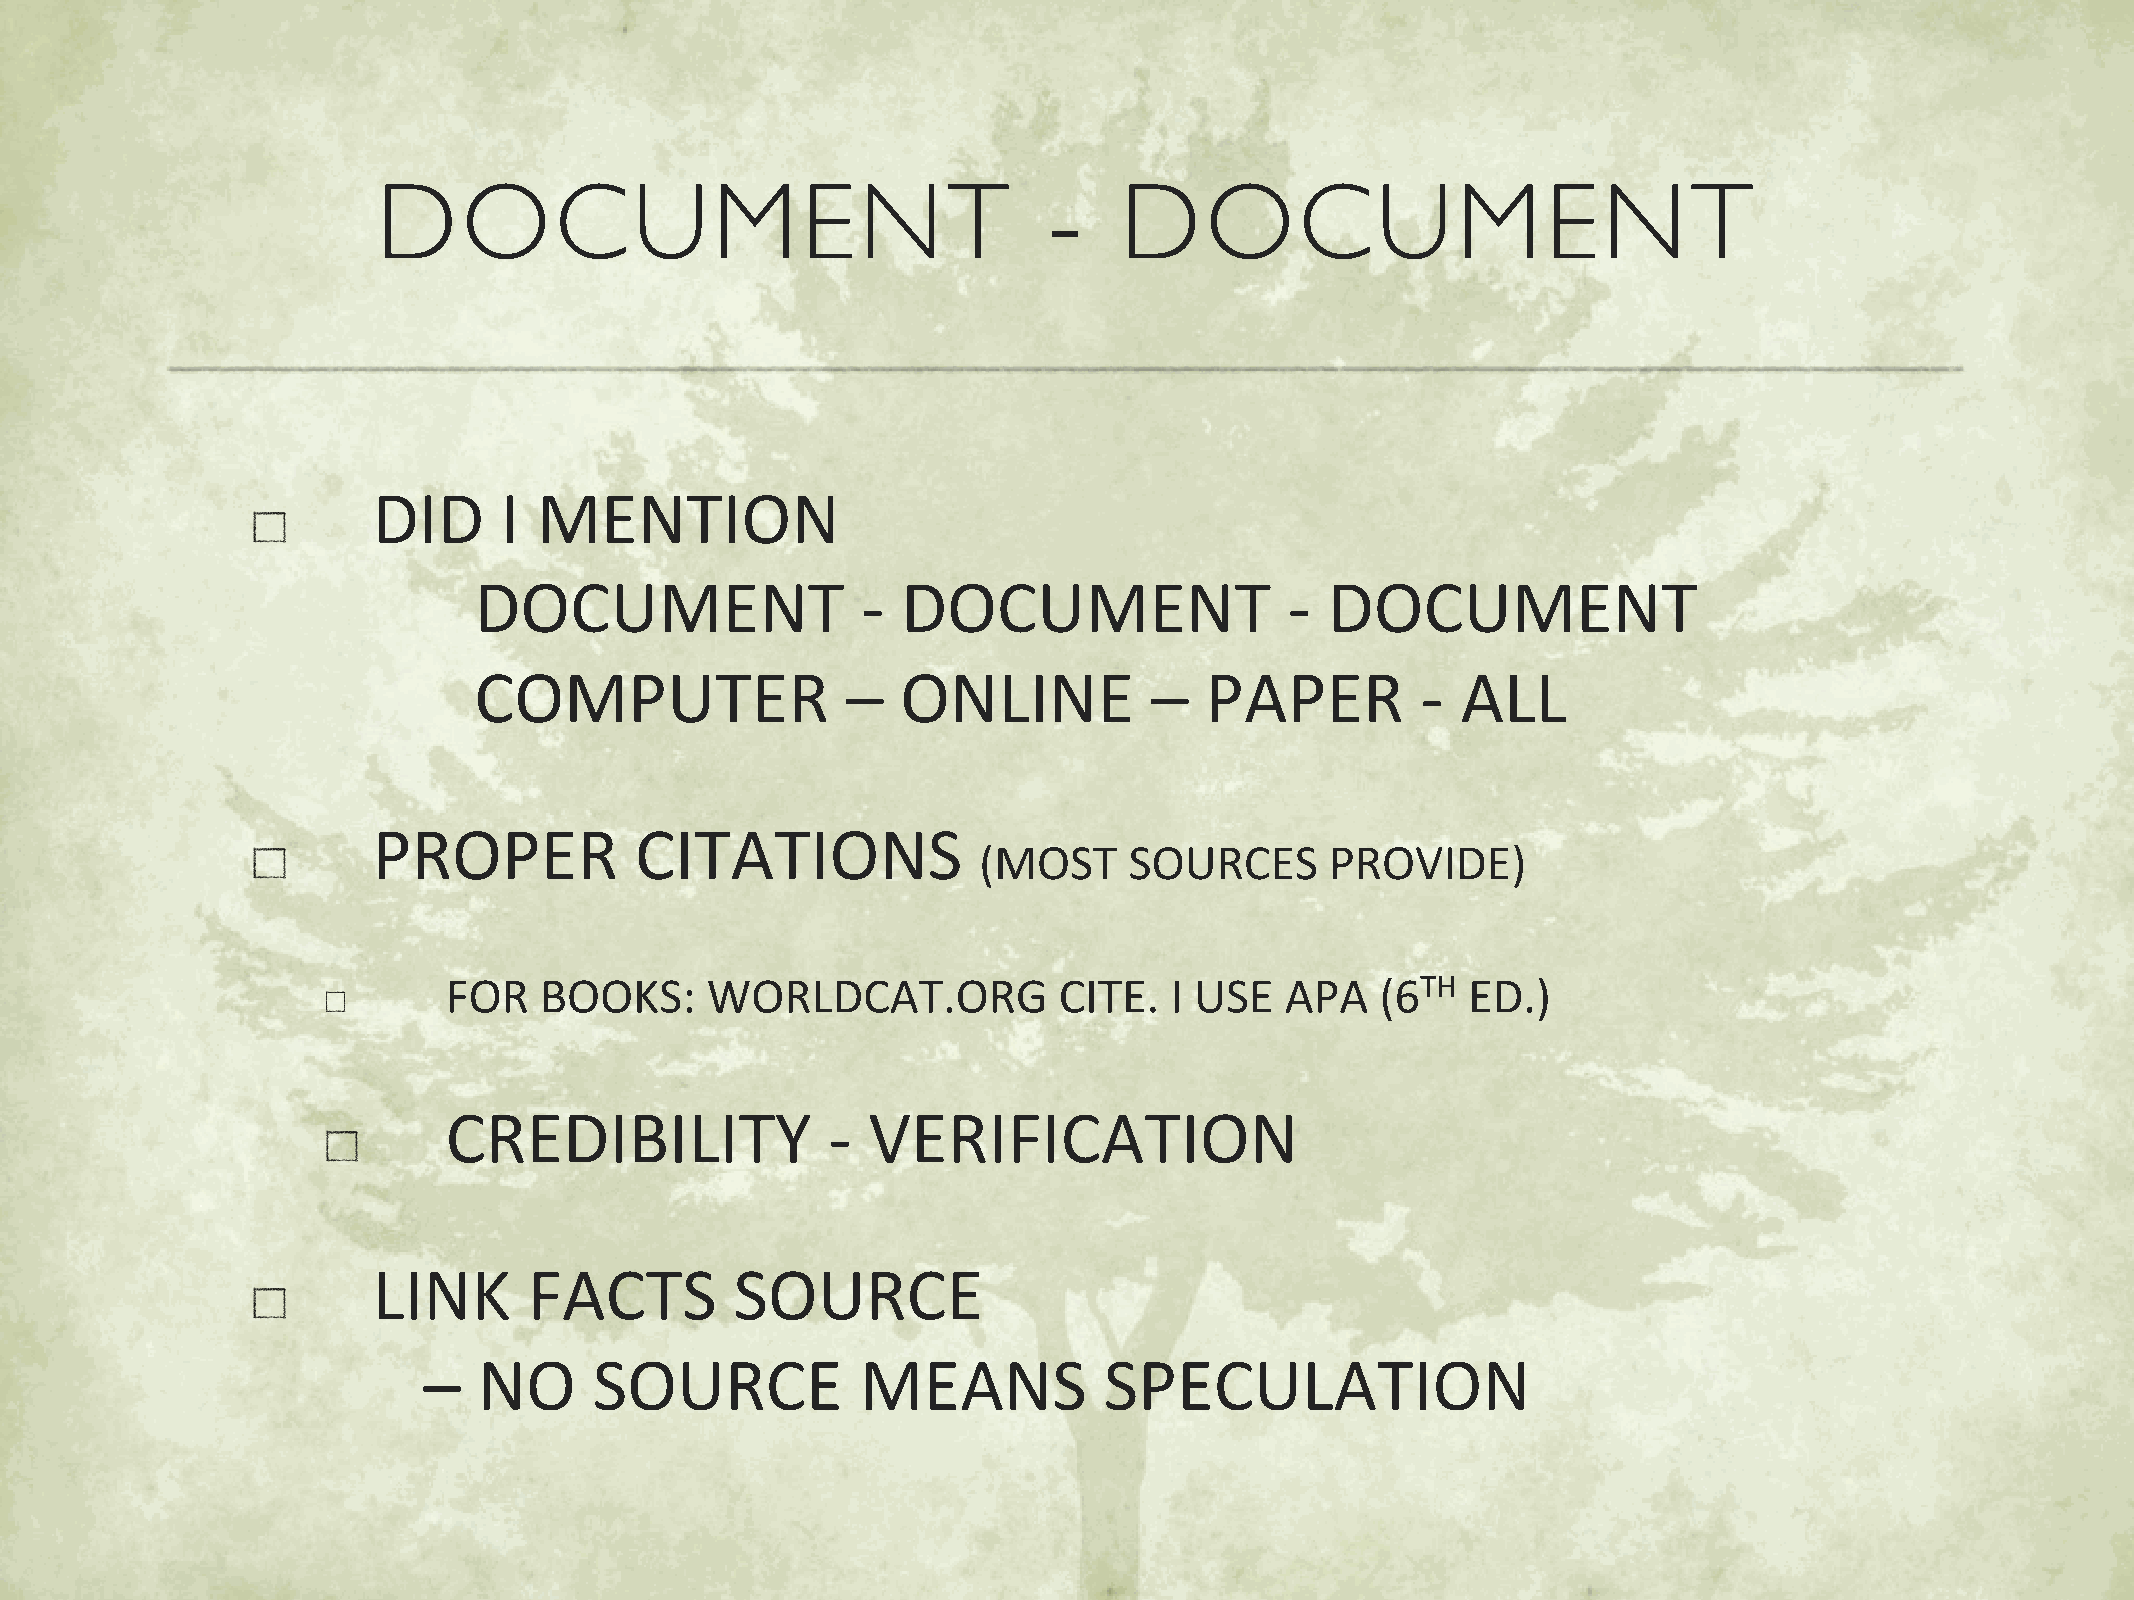
DOCUMENT                                    -    DOCUMENT
 DID     I  MENTION
 DOCUMENT                  -  DOCUMENT                 -  DOCUMENT
 COMPUTER                 –   ONLINE          –   PAPER         -  ALL
 PROPER           CITATIONS
 (MOST     SOURCES      PROVIDE)
 FOR    BOOKS:     WORLDCAT.ORG           CITE.  I USE   APA   (6TH  ED.)
 CREDIBILITY               - VERIFICATION
 LINK      FACTS         SOURCE
 –   NO     SOURCE            MEANS           SPECULATION